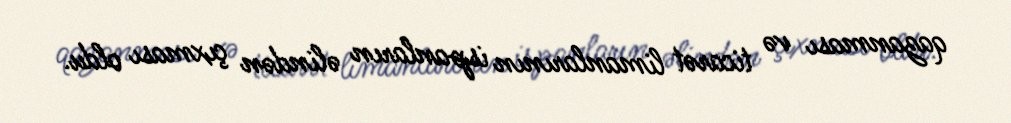
qazanması və ticarət limanlarının ispanların əlindən çıxması oldu.